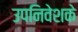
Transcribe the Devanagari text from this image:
उपनिवेशके